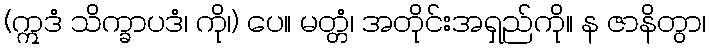
(ဣဒံ သိက္ခာပဒံ၊ ကို၊) ပေ။ မတ္တံ၊ အတိုင်းအရှည်ကို။ န ဇာနိတွာ၊